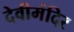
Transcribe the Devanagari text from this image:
देवीमंदिर